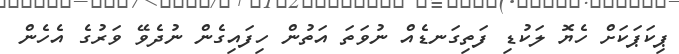
ޕިކަޕަކަށް ހެޔޮ ލަކުޑި ފަތިގަނޑެއް ނުވަތަ އަތުން ހިފައިގެން ނުދެވޭ ވަރުގެ އެހެން